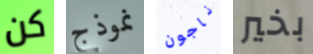
كن نموذج ناجون بخير